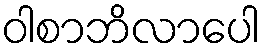
ဝါစာဘိလာပေါ